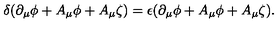
\delta ( \partial _ { \mu } \phi + A _ { \mu } \phi + A _ { \mu } \zeta ) = \epsilon ( \partial _ { \mu } \phi + A _ { \mu } \phi + A _ { \mu } \zeta ) .